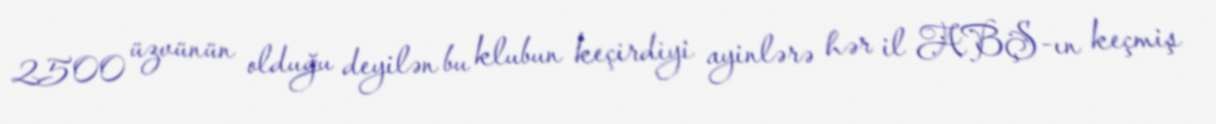
2500 üzvünün olduğu deyilən bu klubun keçirdiyi ayinlərə hər il ABŞ-ın keçmiş